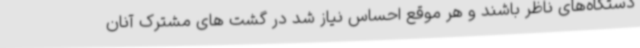
دستگاه‌های ناظر باشند و هر موقع احساس نیاز شد در گشت های مشترک آنان